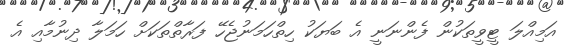
އަމިއްލަ ޓީވީތަކުން ފެންނަނީ އެ ބަޔަކު ހިތްހަމަނުޖެހޭ ފަރާތްތަކަށް ހަމަލާ ދިނުމާއި އެ